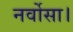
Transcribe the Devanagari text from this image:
नर्वोसा।